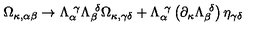
\Omega _ { \kappa , \alpha \beta } \rightarrow \Lambda _ { \alpha } ^ { \ \gamma } \Lambda _ { \beta } ^ { \ \delta } \Omega _ { \kappa , \gamma \delta } + \Lambda _ { \alpha } ^ { \ \gamma } \left( \partial _ { \kappa } \Lambda _ { \beta } ^ { \ \delta } \right) \eta _ { \gamma \delta }